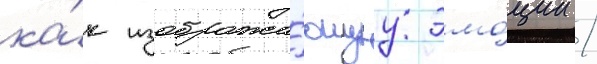
ка́к изобража́ющуу эмо́ции /